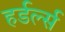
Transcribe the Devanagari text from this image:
हर्डर्ल्स